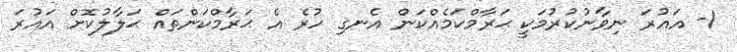
1- އައުރަ ނިވާނުކުރުމަކީ ޙަރާމްކަމެއްކަން އެނގި ހުރެ އެ ޙަރާމްކަންތައް ޙަލާލުކޮށް އައުރަ